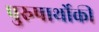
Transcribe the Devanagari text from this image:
पुरुषार्थोकी